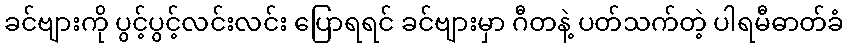
ခင်ဗျားကို ပွင့်ပွင့်လင်းလင်း ပြောရရင် ခင်ဗျားမှာ ဂီတနဲ့ ပတ်သက်တဲ့ ပါရမီဓာတ်ခံ